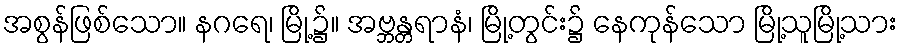
အစွန်ဖြစ်သော။ နဂရေ၊ မြို့၌။ အဗ္ဘန္တရာနံ၊ မြို့တွင်း၌ နေကုန်သော မြို့သူမြို့သား